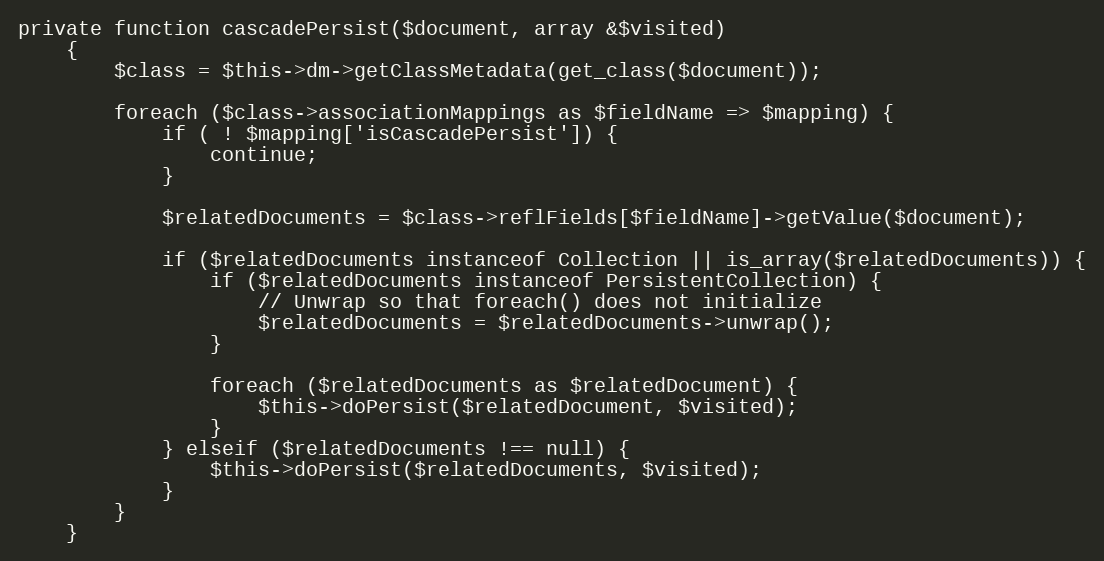
Language: PHP
private function cascadePersist($document, array &$visited)
    {
        $class = $this->dm->getClassMetadata(get_class($document));

        foreach ($class->associationMappings as $fieldName => $mapping) {
            if ( ! $mapping['isCascadePersist']) {
                continue;
            }

            $relatedDocuments = $class->reflFields[$fieldName]->getValue($document);

            if ($relatedDocuments instanceof Collection || is_array($relatedDocuments)) {
                if ($relatedDocuments instanceof PersistentCollection) {
                    // Unwrap so that foreach() does not initialize
                    $relatedDocuments = $relatedDocuments->unwrap();
                }

                foreach ($relatedDocuments as $relatedDocument) {
                    $this->doPersist($relatedDocument, $visited);
                }
            } elseif ($relatedDocuments !== null) {
                $this->doPersist($relatedDocuments, $visited);
            }
        }
    }